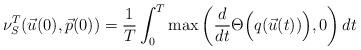
LaTeX: \begin{align*} \nu_S^T(\vec{u}(0),\vec{p}(0)) = \frac{1}{T} \int_0^T \max\left( \frac{d}{dt} \Theta \Big(q(\vec u(t))\Big),0\right) dt \end{align*}